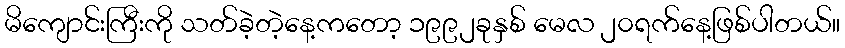
မိကျောင်းကြီးကို သတ်ခဲ့တဲ့နေ့ကတော့ ၁၉၉၂ခုနှစ် မေလ ၂၀ရက်နေ့ဖြစ်ပါတယ်။